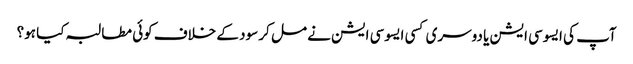
آپ کی ایسوسی ایشن یا دوسری کسی ایسوسی ایشن نے مل کر سود کے خلاف کوئی مطالبہ کیا ہو؟